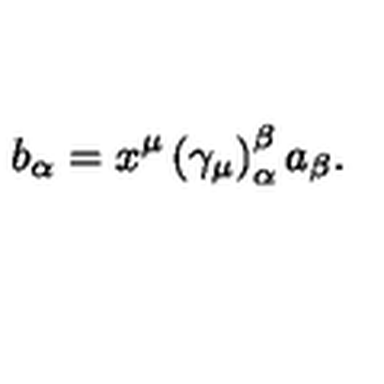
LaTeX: b _ { \alpha } = x ^ { \mu } \left( \gamma _ { \mu } \right) _ { \alpha } ^ { \beta } a _ { \beta } .